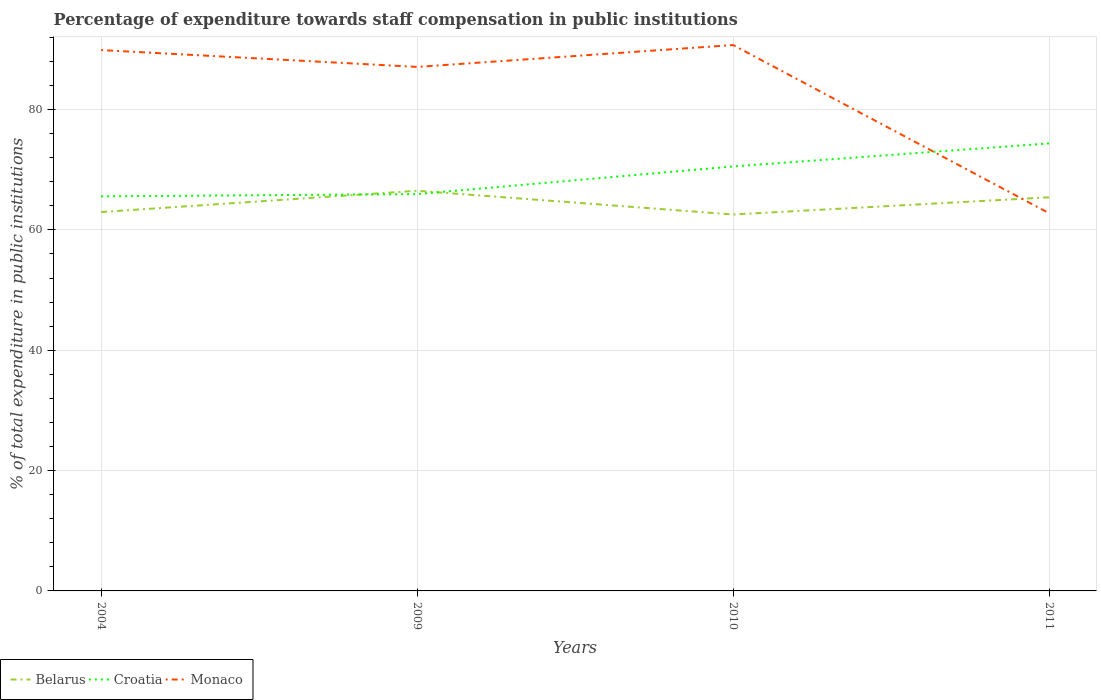
| Years | Belarus | Croatia | Monaco |
 | --- | --- | --- | --- |
 | 2004 | 63 | 65.6 | 89.9 |
 | 2009 | 66.5 | 66 | 87.1 |
 | 2010 | 62.6 | 70.6 | 90.7 |
 | 2011 | 65.4 | 74.4 | 62.8 |